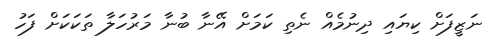
ނަޒީފަށް ކިޔައި ދިނުމެއް ނެތި ކަމަށް އޭނާ ބުނާ މަރުހަލާ ތަކަކަށް ފަހު